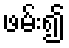
ဖမ်း၍